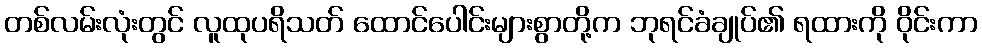
တစ်လမ်းလုံးတွင် လူထုပရိသတ် ထောင်ပေါင်းများစွာတို့က ဘုရင်ခံချုပ်၏ ရထားကို ဝိုင်းကာ